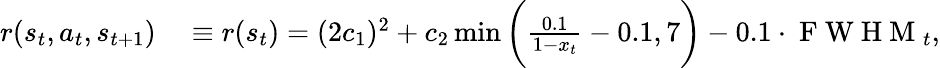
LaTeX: \begin{array}{rl}{r(s_{t},a_{t},s_{t+1})}&{{}\equiv r(s_{t})=(2c_{1})^{2}+c_{2}\operatorname*{min}\bigg(\frac{0.1}{1-x_{t}}-0.1,7\bigg)-0.1\cdot\mathrm{~F~W~H~M~}_{t},}\end{array}